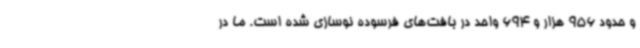
و حدود 956 هزار و 694 واحد در بافت‌های فرسوده نوسازی شده است. ما در